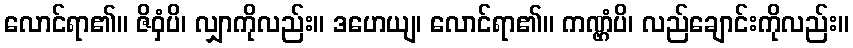
လောင်ရာ၏။ ဇိဝှံပိ၊ လျှာကိုလည်း။ ဒဟေယျ၊ လောင်ရာ၏။ ကဏ္ဌံပိ၊ လည်ချောင်းကိုလည်း။